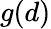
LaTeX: g(d)